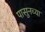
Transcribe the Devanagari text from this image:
पासुनच्या